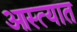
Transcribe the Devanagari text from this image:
आस्त्यात